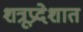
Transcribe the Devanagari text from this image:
शत्रूप्रदेशात